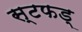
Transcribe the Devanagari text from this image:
स्टफड्